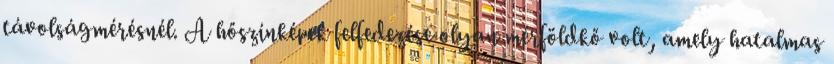
távolságmérésnél. A hőszínképek felfedezése olyan mérföldkő volt, amely hatalmas